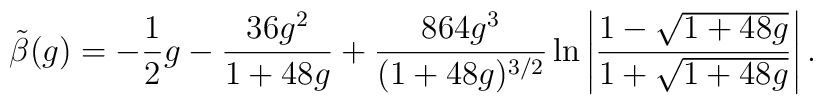
\tilde{\beta}(g) =-\frac{1}{2}g -\frac{36g^2}{1+48g}+ \frac{864g^3}{(1+48g)^{3/2}}\ln\left| \frac{1-\sqrt{1+48g} }{1+\sqrt{1+48g} } \right| .